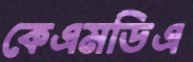
কেএমডিএ